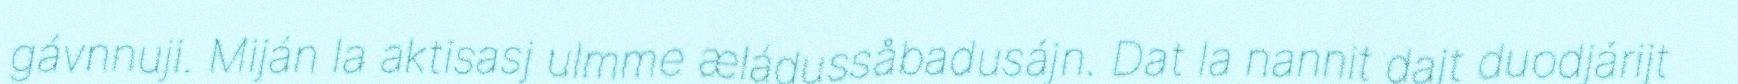
gávnnuji. Miján la aktisasj ulmme æládussåbadusájn. Dat la nannit dajt duodjárijt